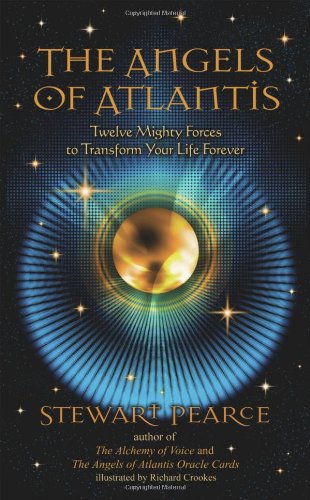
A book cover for The Angels of Atlantis: Twelve Mighty Forces to Transform Your Life Forever; Stewart Pearce; Religion & Spirituality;